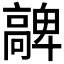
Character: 𩫝